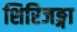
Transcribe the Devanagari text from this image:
शिरिजङ्गा